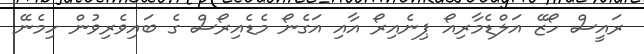
ރައީސް ހޯޒޭ އަލްޑެމާރިއޯ ޕިނެއިރޯ އާއި އަގެނޯ މެޑެއިރޯސް ގެ ބައިވެރިވުން ހިމެނޭ